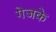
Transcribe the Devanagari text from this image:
गेजके